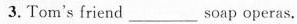
3.Tom's friend ___soap operas.